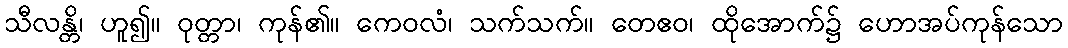
သီလန္တိ၊ ဟူ၍။ ဝုတ္တာ၊ ကုန်၏။ ကေဝလံ၊ သက်သက်။ တေဧဝ၊ ထိုအောက်၌ ဟောအပ်ကုန်သော